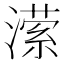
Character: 潆